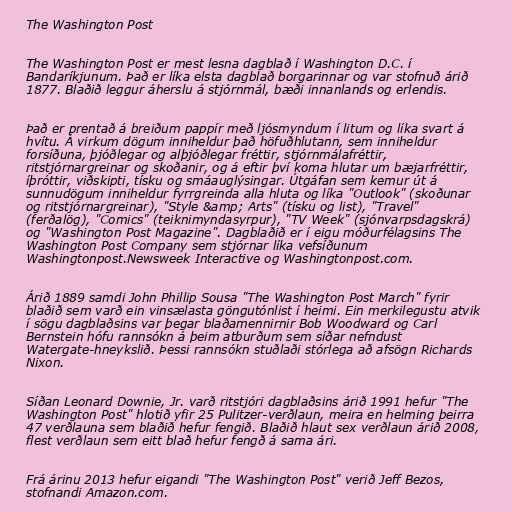
The Washington Post

The Washington Post er mest lesna dagblað í Washington D.C. í
Bandaríkjunum. Það er líka elsta dagblað borgarinnar og var stofnuð árið
1877. Blaðið leggur áherslu á stjórnmál, bæði innanlands og erlendis.

Það er prentað á breiðum pappír með ljósmyndum í litum og líka svart á
hvítu. Á virkum dögum inniheldur það höfuðhlutann, sem inniheldur
forsíðuna, þjóðlegar og alþjóðlegar fréttir, stjórnmálafréttir,
ritstjórnargreinar og skoðanir, og á eftir því koma hlutar um bæjarfréttir,
íþróttir, viðskipti, tísku og smáauglýsingar. Útgáfan sem kemur út á
sunnudögum inniheldur fyrrgreinda alla hluta og líka "Outlook" (skoðunar
og ritstjórnargreinar), "Style &amp; Arts" (tísku og list), "Travel"
(ferðalög), "Comics" (teiknimyndasyrpur), "TV Week" (sjónvarpsdagskrá)
og "Washington Post Magazine". Dagblaðið er í eigu móðurfélagsins The
Washington Post Company sem stjórnar líka vefsíðunum
Washingtonpost.Newsweek Interactive og Washingtonpost.com.

Árið 1889 samdi John Phillip Sousa "The Washington Post March" fyrir
blaðið sem varð ein vinsælasta göngutónlist í heimi. Ein merkilegustu atvik
í sögu dagblaðsins var þegar blaðamennirnir Bob Woodward og Carl
Bernstein hófu rannsókn á þeim atburðum sem síðar nefndust
Watergate-hneykslið. Þessi rannsókn stuðlaði stórlega að afsögn Richards
Nixon.

Síðan Leonard Downie, Jr. varð ritstjóri dagblaðsins árið 1991 hefur "The
Washington Post" hlotið yfir 25 Pulitzer-verðlaun, meira en helming þeirra
47 verðlauna sem blaðið hefur fengið. Blaðið hlaut sex verðlaun árið 2008,
flest verðlaun sem eitt blað hefur fengð á sama ári.

Frá árinu 2013 hefur eigandi "The Washington Post" verið Jeff Bezos,
stofnandi Amazon.com.